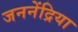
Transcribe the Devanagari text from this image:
जननेंद्रिया